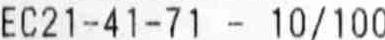
EC21-41-71 - 10/100